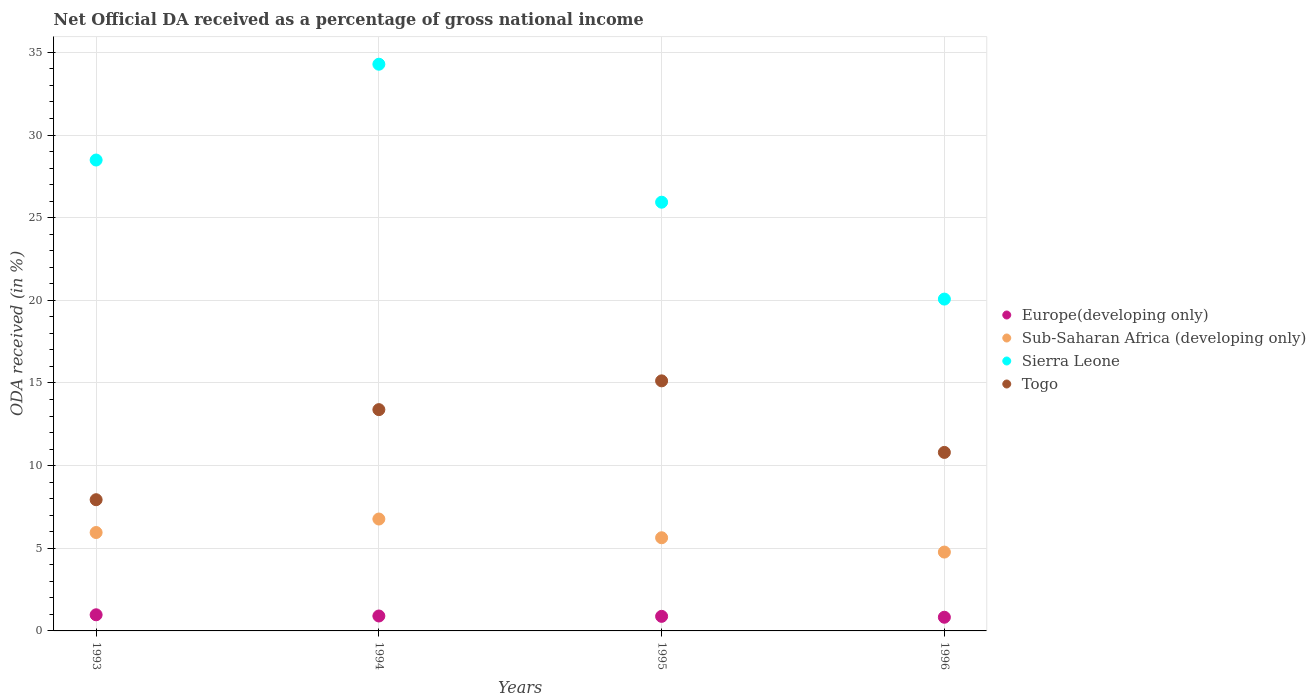
| Years | Europe(developing only) | Sub-Saharan Africa (developing only) | Sierra Leone | Togo |
 | --- | --- | --- | --- | --- |
 | 1993 | 0.976 | 5.95 | 28.5 | 7.94 |
 | 1994 | 0.903 | 6.77 | 34.3 | 13.4 |
 | 1995 | 0.881 | 5.64 | 25.9 | 15.1 |
 | 1996 | 0.828 | 4.77 | 20.1 | 10.8 |